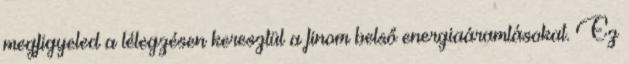
megfigyeled a lélegzésen keresztül a finom belső energiaáramlásokat. Ez